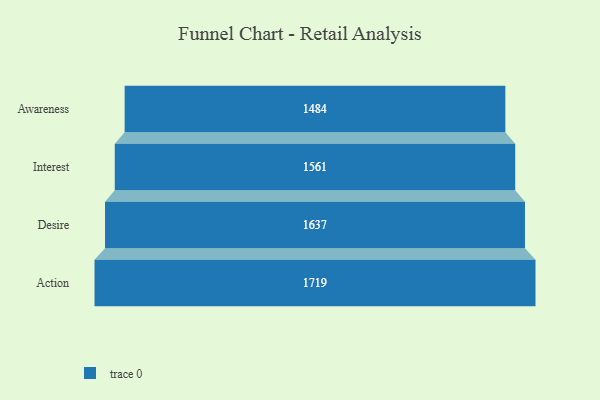
{"axis": {"x": "Stage", "y": "Value"}, "legend": [""], "data": [{"x": "Awareness", "y": 1484.0, "type": ""}, {"x": "Interest", "y": 1561.0, "type": ""}, {"x": "Desire", "y": 1637.0, "type": ""}, {"x": "Action", "y": 1719.0, "type": ""}]}